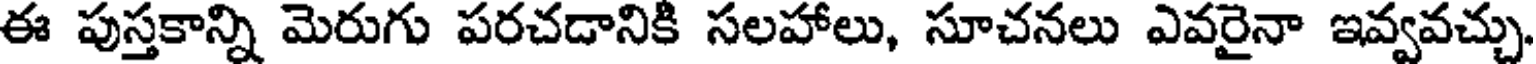
ఈ పుస్తకాన్ని మెరుగు పరచడానికి సలహాలు, సూచనలు ఎవరైనా ఇవ్వవచ్చు,